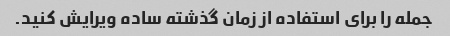
جمله را برای استفاده از زمان گذشته ساده ویرایش کنید.